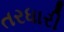
તરધારી